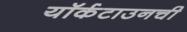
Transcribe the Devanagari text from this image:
यॉर्कटाउनची